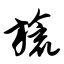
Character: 旒